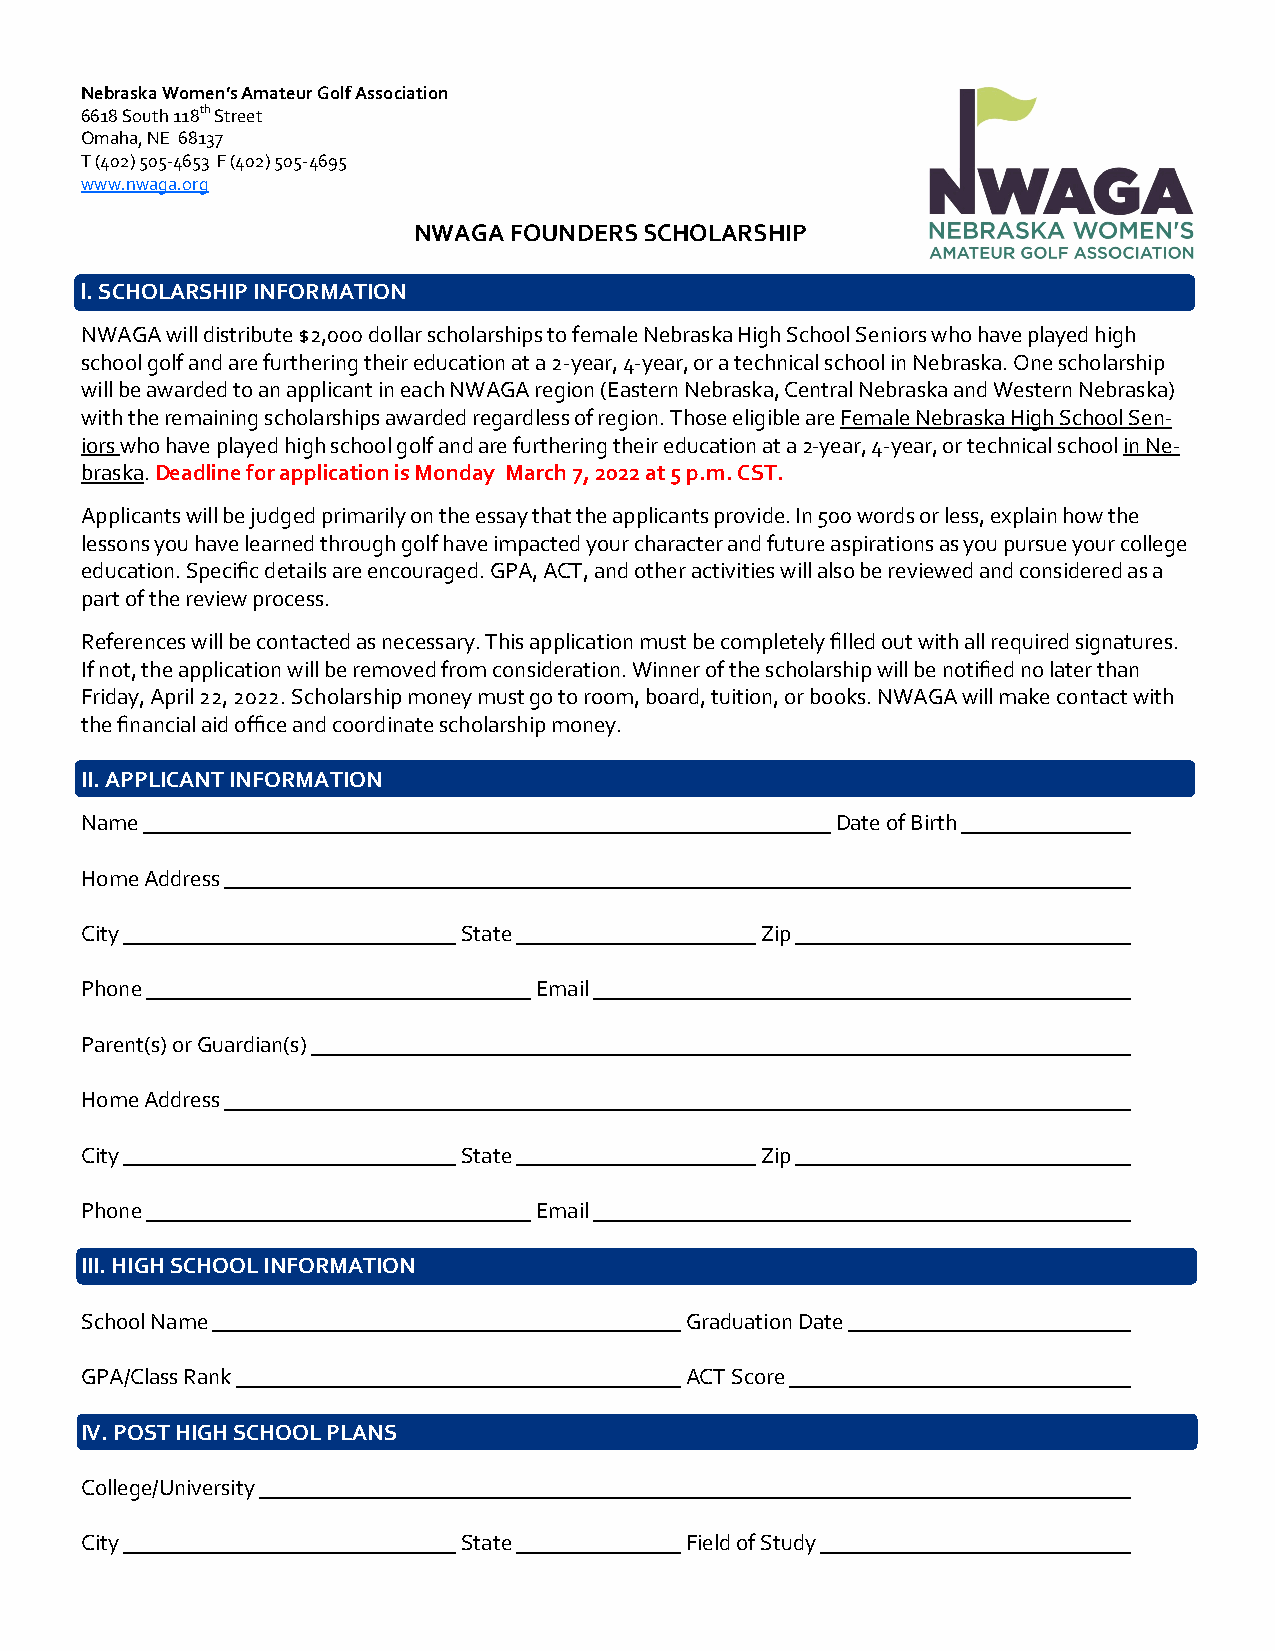
Nebraska Women’s Amateur Golf Association
 6618 South 118th Street
 Omaha, NE 68137
 T (402) 505-4653 F (402) 505-4695
 www.nwaga.org
 NWAGA  FOUNDERS SCHOLARSHIP
 l. SCHOLARSHIP INFORMATION
 NWAGA will distribute $2,000 dollar scholarships to female Nebraska High School Seniors who have played high
 school golf and are furthering their education at a 2-year, 4-year, or a technical school in Nebraska. One scholarship
 will be awarded to an applicant in each NWAGA region (Eastern Nebraska, Central Nebraska and Western Nebraska)
 with the remaining scholarships awarded regardless of region. Those eligible are Female Nebraska High School Sen-
 iors who have played high school golf and are furthering their education at a 2-year, 4-year, or technical school in Ne-
 braska. Deadline for application is Monday March 7, 2022 at 5 p.m. CST.
 Applicants will be judged primarily on the essay that the applicants provide. In 500 words or less, explain how the
 lessons you have learned through golf have impacted your character and future aspirations as you pursue your college
 education. Specific details are encouraged. GPA, ACT, and other activities will also be reviewed and considered as a
 part of the review process.
 References will be contacted as necessary. This application must be completely filled out with all required signatures.
 If not, the application will be removed from consideration. Winner of the scholarship will be notified no later than
 Friday, April 22, 2022. Scholarship money must go to room, board, tuition, or books. NWAGA will make contact with
 the financial aid office and coordinate scholarship money.
 II. APPLICANT INFORMATION
 Name                                              Date of Birth
 Home Address
 City                     State               Zip
 Phone                         Email
 Parent(s) or Guardian(s)
 Home Address
 City                     State               Zip
 Phone                         Email
 III. HIGH SCHOOL INFORMATION
 School Name                             Graduation Date
 GPA/Class Rank                          ACT Score
 IV. POST HIGH SCHOOL PLANS
 College/University
 City                     State          Field of Study